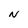
Character: N